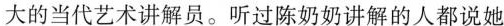
大的当代艺术讲解员。听过陈奶奶讲解的人都说她